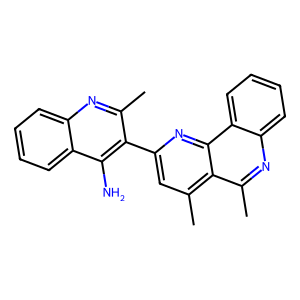
SMILES: Cc1nc2ccccc2c(N)c1-c1cc(C)c2c(C)nc3ccccc3c2n1
Inhibits HIV replication: No